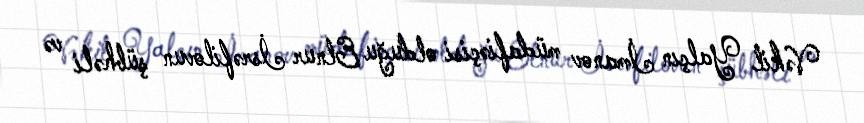
Vəkil Yalçın İmanov müdafiəçisi olduğu Elnur İsrəfilovun şübhəli və